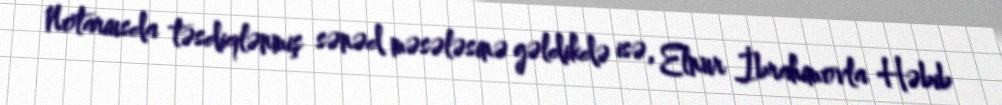
Notariusda təsdiqlənmiş sənəd məsələsinə gəldikdə isə, Elnur İbrahimovla Həbib